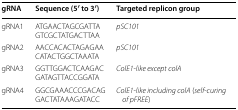
<table><thead><tr><td><b>gRNA</b></td><td><b>Sequence (5′ to 3′)</b></td><td><b>Targeted replicon group</b></td></tr></thead><tbody><tr><td>gRNA1</td><td>ATGAACTAGCGATTAGTCGCTATGACTTAA</td><td><i>pSC101</i></td></tr><tr><td>gRNA2</td><td>AACCACACTAGAGAACATACTGGCTAAATA</td><td><i>pSC101</i></td></tr><tr><td>gRNA3</td><td>GGTTGGACTCAAGACGATAGTTACCGGATA</td><td><i>ColE1</i>-<i>like except colA</i></td></tr><tr><td>gRNA4</td><td>GGCGAAACCCGACAGGACTATAAAGATACC</td><td><i>ColE1</i>-<i>like including colA</i> (<i>self</i>-<i>curing of pFREE</i>)</td></tr></tbody></table>